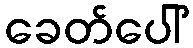
ခေတ်ပေါ်